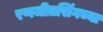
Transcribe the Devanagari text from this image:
रणजीतसिंगच्या